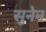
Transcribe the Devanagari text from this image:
सुनेन